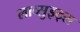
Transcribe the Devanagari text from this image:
लाव्सुइट्स